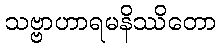
သဗ္ဗာဟာရမနိဿိတော